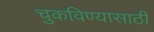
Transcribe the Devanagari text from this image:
चुकविण्यासाठी